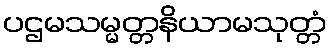
ပဌမသမ္မတ္တနိယာမသုတ္တံ